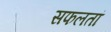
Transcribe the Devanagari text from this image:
सफलतां